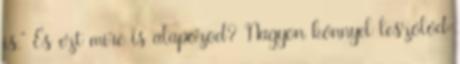
is.” És ezt mire is alapozod? Nagyon könnyel leszólód